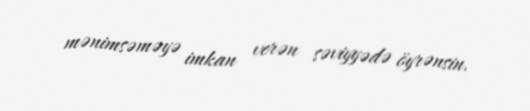
mənimsəməyə imkan verən səviyyədə öyrənsin.